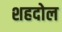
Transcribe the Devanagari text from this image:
शहदोल